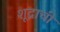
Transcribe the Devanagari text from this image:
शूद्राची